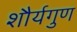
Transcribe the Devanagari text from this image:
शौर्यगुण